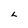
Character: L